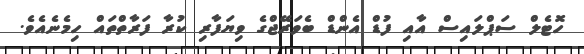
ހޮޓެލް ސަޕްލައިސް އާއި ފުޑް އެންޑް ބެވަރޭޖްގެ ވިޔަފާރި ކުރާ ފަރާތްތައް ހިމެނެއެވެ.